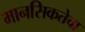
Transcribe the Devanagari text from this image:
मानसिकतेचा